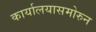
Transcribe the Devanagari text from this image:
कार्यालयासमोरुन